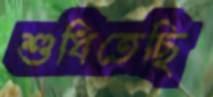
শুধিতেছি